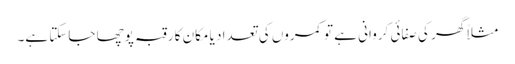
مثلاً گھر کی صفائی کروانی ہے تو کمروں کی تعداد یا مکان کا رقبہ پوچھا جاسکتا ہے۔